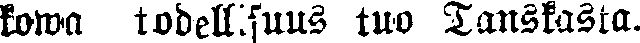
kowa todellisuus tuo Tanskasta.